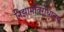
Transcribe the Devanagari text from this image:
निझामविरोधातच